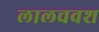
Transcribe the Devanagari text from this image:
लालचवश